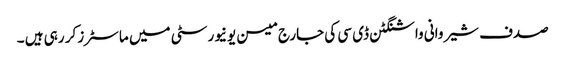
صدف شیروانی واشنگٹن ڈی سی کی جارج میسن یونیورسٹی میں ماسٹرز کر رہی ہیں ۔